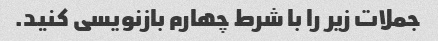
جملات زیر را با شرط چهارم بازنویسی کنید.